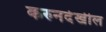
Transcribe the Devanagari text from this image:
करुनदेखील